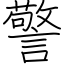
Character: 警